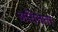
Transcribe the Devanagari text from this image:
अतितता